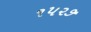
૧૫૨૭